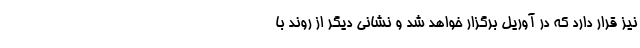
نیز قرار دارد که در آوریل برگزار خواهد شد و نشانی دیگر از روند با